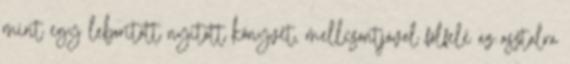
mint egy leborított nyitott könyvet, mellcsontjával fölfelé az asztalra